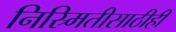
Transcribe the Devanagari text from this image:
निस्र्मितीसाठीही